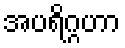
အပရိဂ္ဂဟာ